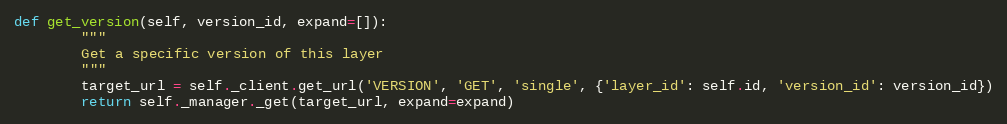
Language: Python
def get_version(self, version_id, expand=[]):
        """
        Get a specific version of this layer
        """
        target_url = self._client.get_url('VERSION', 'GET', 'single', {'layer_id': self.id, 'version_id': version_id})
        return self._manager._get(target_url, expand=expand)